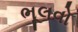
ભૂલવો